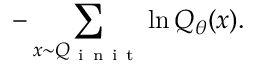
- \sum _ { x \sim Q _ { \mathrm { ~ i ~ n ~ i ~ t ~ } } } \ln Q _ { \theta } ( x ) .